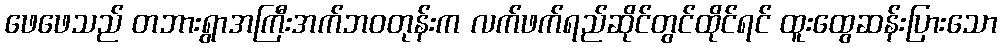
ဖေဖေသည် တဘားရွာအကြီးအက်ဘဝတုန်းက လက်ဖက်ရည်ဆိုင်တွင်ထိုင်ရင် ထူးထွေဆန်းပြားသော